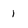
Character: 1